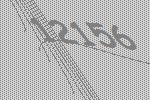
12156